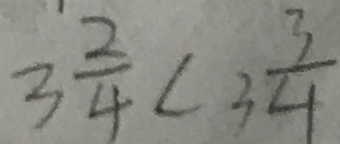
3 \frac { 2 } { 4 } < 3 \frac { 3 } { 4 }